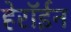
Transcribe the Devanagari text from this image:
हेरॉईन